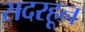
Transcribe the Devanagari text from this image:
सदरहून